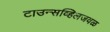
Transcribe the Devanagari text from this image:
टाउन्सव्हिलजवळ